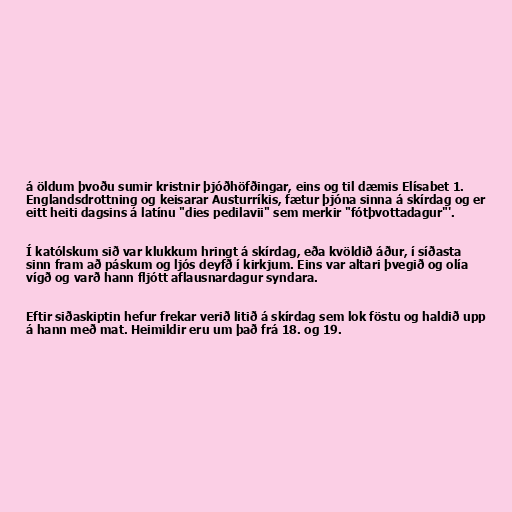
á öldum þvoðu sumir kristnir þjóðhöfðingar, eins og til dæmis Elísabet 1.
Englandsdrottning og keisarar Austurríkis, fætur þjóna sinna á skírdag og er
eitt heiti dagsins á latínu "dies pedilavii" sem merkir "fótþvottadagur"'.

Í katólskum sið var klukkum hringt á skírdag, eða kvöldið áður, í síðasta
sinn fram að páskum og ljós deyfð í kirkjum. Eins var altari þvegið og olía
vígð og varð hann fljótt aflausnardagur syndara.

Eftir siðaskiptin hefur frekar verið litið á skírdag sem lok föstu og haldið upp
á hann með mat. Heimildir eru um það frá 18. og 19.